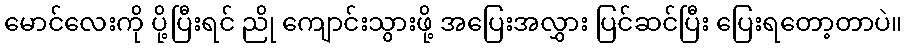
မောင်လေးကို ပို့ပြီးရင် ညို ကျောင်းသွားဖို့ အပြေးအလွှား ပြင်ဆင်ပြီး ပြေးရတော့တာပဲ။